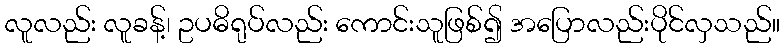
လူလည်း လူခန့်၊ ဥပဓိရုပ်လည်း ကောင်းသူဖြစ်၍ အပြောလည်းပိုင်လှသည်။